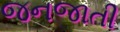
જનજાતી